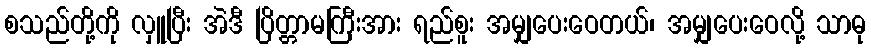
စသည်တို့ကို လှူပြီး အဲဒီ ပြိတ္တာမကြီးအား ရည်စူး အမျှပေးဝေတယ်၊ အမျှပေးဝေလို့ သာဓု